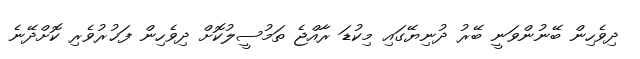
ދިވެހިން ބޭނުންވަނީ ބޭރު ދުނިޔޭގައި މިކުޑަ ރާއްޖެ ތަމުސީލުކޮށް ދިވެހިން ފަޚުރުވެރި ކޮށްދޭނެ